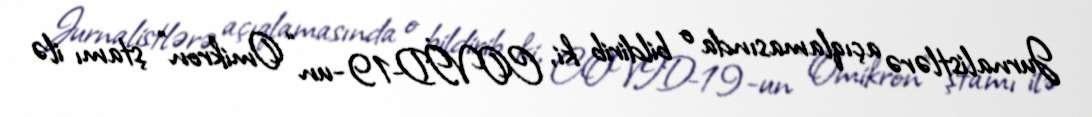
Jurnalistlərə açıqlamasında o bildirib ki, COVİD-19-un “Omikron” ştamı ilə